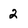
Character: 2